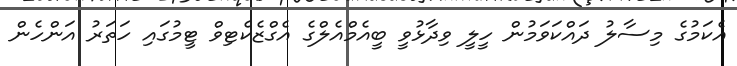
އެކަމުގެ މިސާލު ދައްކަވަމުން ހީލީ ވިދާޅުވީ ބީއެމްއެލްގެ އެގްޒެކެޓިވް ޓީމުގައި ހަތަރު އަންހެން